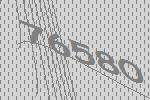
76580